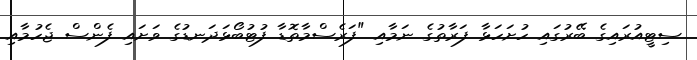
ސިޓީއުރައިގެ ބޭރުގައި ހުށަހަޅާ ފަރާތުގެ ނަމާއި "ފަރެސްމާތޮޑާ ފުޓުބޯޅަދަނޑުގެ ވަށައި ފެންސް ޖެހުމާއި